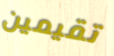
تقيمين